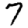
Digit: 7